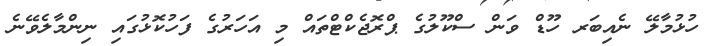
ހުޅުމާލޭ ނެއިބަރ ހޫޑް ވަން ސްކޫލުގެ ޕްރޮޖެކްޓްތައް މި އަހަރުގެ ފަހުކޮޅުގައި ނިންމާލެވޭނެ